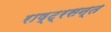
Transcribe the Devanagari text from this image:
राष्ट्रसन्त